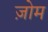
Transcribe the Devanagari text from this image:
ज़ोम